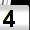
Digit: 4